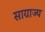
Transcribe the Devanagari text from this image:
साग्राज्‍य